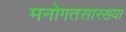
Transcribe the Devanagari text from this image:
मनोगतसारख्या